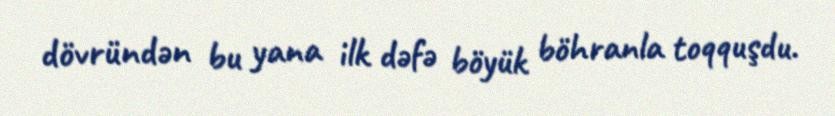
dövründən bu yana ilk dəfə böyük böhranla toqquşdu.